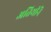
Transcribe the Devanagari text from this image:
अतिथीनॆ